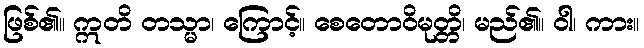
ဖြစ်၏။ ဣတိ တသ္မာ၊ ကြောင့်။ စေတောဝိမုတ္တိ၊ မည်၏။ ဝါ၊ ကား။